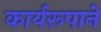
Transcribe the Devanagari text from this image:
कार्यरूपाने